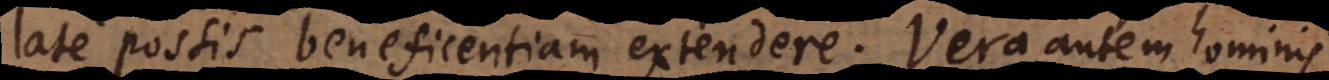
late possis beneficentiam extendere. Vera autem hominis